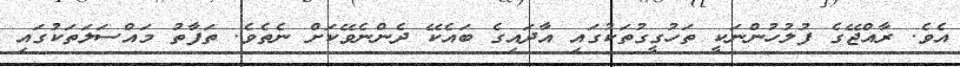
އެވެ. ރާއްޖޭގެ ފުލުހުންނަކީ ތަހުގީގުތަކުގައި އާދައިގެ ބައެކޭ ދެންނެވޭކަށް ނެތެވެ. ތަފާތު މައްސަލަތަކުގައި